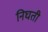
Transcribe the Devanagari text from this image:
निघती